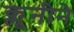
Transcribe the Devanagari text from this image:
क्लूनीने